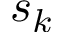
s _ { k }